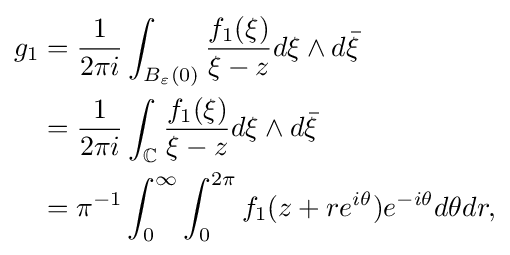
{\begin{aligned}g_{1}&={\frac {1}{2\pi i}}\int _{B_{\varepsilon }(0)}{\frac {f_{1}(\xi )}{\xi -z}}d\xi \wedge d{\bar {\xi }}\\&={\frac {1}{2\pi i}}\int _{\mathbb {C} }{\frac {f_{1}(\xi )}{\xi -z}}d\xi \wedge d{\bar {\xi }}\\&=\pi ^{-1}\int _{0}^{\infty }\int _{0}^{2\pi }f_{1}(z+re^{i\theta })e^{-i\theta }d\theta dr,\end{aligned}}